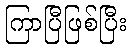
ကြာပြီဖြစ်ပြီး